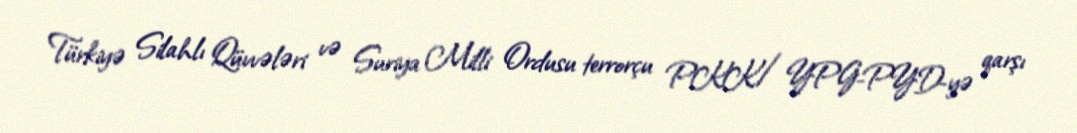
Türkiyə Silahlı Qüvvələri və Suriya Milli Ordusu terrorçu PKK/YPG-PYD-yə qarşı